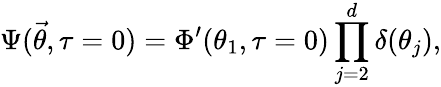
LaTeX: \Psi(\vec{\theta},\tau=0)=\Phi^{\prime}(\theta_{1},\tau=0)\prod_{j=2}^{d}\delta(\theta_{j}),